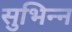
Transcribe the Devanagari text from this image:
सुभिन्न